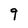
Character: 9